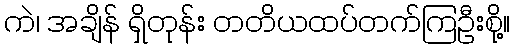
ကဲ၊ အချိန် ရှိတုန်း တတိယထပ်တက်ကြဦးစို့။